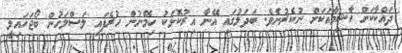
ދައްކާކަށް ހާޝިމާއަކަށް ނުކެރުނެވެ. ބަދަލުގައި އޭނާ އިރުކޮޅަކު ހިމޭނުން ހުރެފައި ލަސްލަހުން ބޯޖަހައިލީ